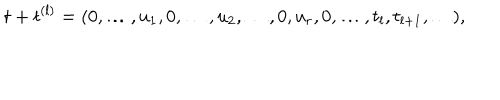
t + t ^ { ( l ) } = ( 0 , \ldots , u _ { 1 } , 0 , \ldots , u _ { 2 } , \ldots , 0 , u _ { r } , 0 , \ldots , t _ { l } , t _ { l + 1 } , \ldots ) ,